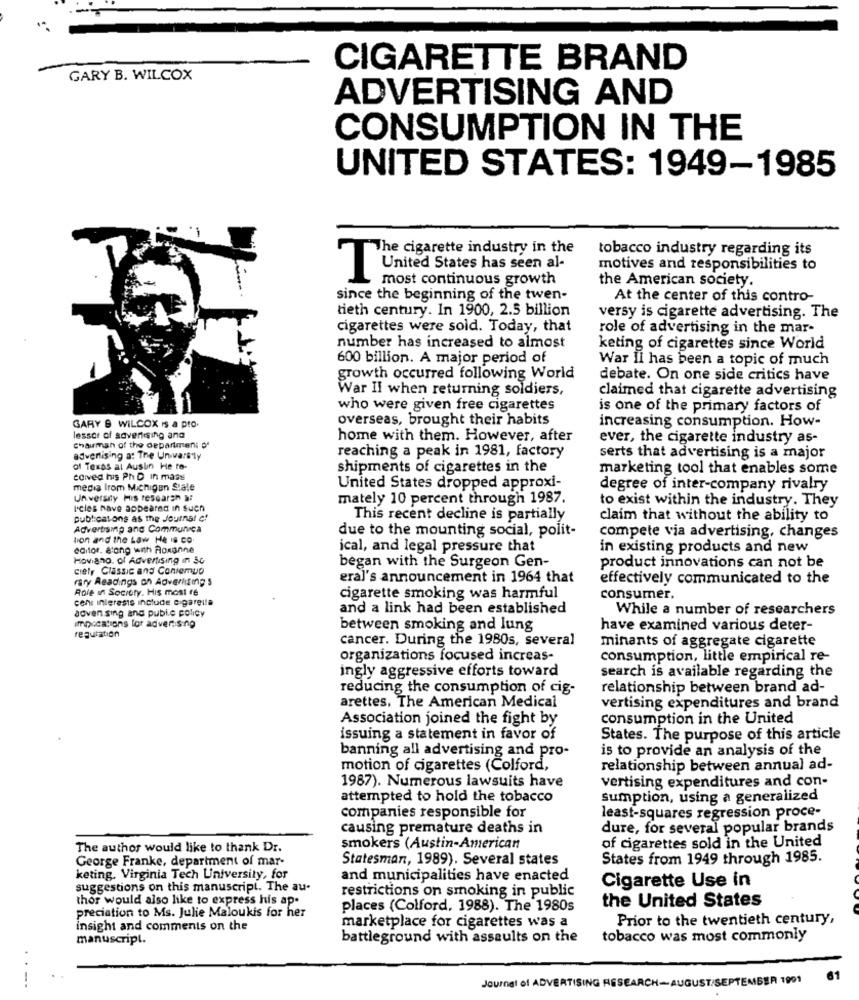
CIGARETTE BRAND
GARY B. WILCOX
ADVERTISING AND
CONSUMPTION IN THE
UNITED STATES: 1949-1985
The cigarette industry in the
tobacco industry regarding its
motives and responsibilities to
IUnited States has seen al-
most continuous growth
the American society.
since the beginning of the twen-
At the center of this contro-
tieth century. In 1900, 2.5 billion
versy is cigarette advertising. The
cigarettes were sold. Today, that
role of advertising in the mar-
number has increased to almost
keting of cigarettes since World
600 billion. A major period of
War II has been a topic of much
growth occurred following World
debate. On one side critics have
War II when returning soldiers,
claimed that cigarette advertising
who were given free cigarettes
is one of the primary factors of
GARY & WILCOX Is a pro.
overseas, brought their habits
increasing consumption. How-
lessor of saverliging and
home with them. However, after
ever, the cigarette industry as-
Chauman of the department of
advertising at The University
reaching a peak in 1981, factory
serts that advertising is a major
of Texas at Austin He ro-
shipments of cigarettes in the
marketing tool that enables some
ceived his Ph D In mass
media Irom Michigan Stale
United States dropped approxi-
degree of inter-company rivalry
Un versity His research a:
mately 10 percent through 1987.
to exist within the industry. They
Icles have appeared in such
publications as the Journal of
This recent decline is partially
claim that without the ability to
Advertising and Communica
due to the mounting social, polit-
tion and the Law He is co.
compete via advertising, changes
editor, along with Roxanne
ical, and legal pressure that
in existing products and new
Hoviano. of Advertising In Sc
ciety Classic and Conlemup
began with the Surgeon Gen-
product innovations can not be
raty Readings on Advertising s
eral's announcement in 1964 that
effectively communicated to the
Role In Society. His most re
cen interests include cigaretta
cigarette smoking was harmful
consumer,
adven sing and public policy
and a link had been established
While a number of researchers
Implications for advertising
between smoking and lung
have examined various deter-
regulation
cancer. During the 1980s, several
minants of aggregate cigarette
organizations focused increas-
consumption, little empirical re-
ingly aggressive efforts toward
search is available regarding the
reducing the consumption of cig-
relationship between brand ad-
arettes, The American Medical
vertising expenditures and brand
Association joined the fight by
consumption in the United
issuing a statement in favor of
States. The purpose of this article
banning all advertising and pro-
is to provide an analysis of the
motion of cigarettes (Colford,
relationship between annual ad-
vertising expenditures and con-
1987). Numerous lawsuits have
attempted to hold the tobacco
sumption, using a generalized
companies responsible for
least-squares regression proce-
causing premature deaths in
dure, for several popular brands
The author would like to thank Dr.
smokers (Austin-American
of cigarettes sold in the United
Statesman, 1989). Several states
States from 1949 through 1985.
George Franke, department of mar-
keting. Virginia Tech University, for
and municipalities have enacted
Cigarette Use in
suggestions on this manuscript. The au-
restrictions on smoking in public
thor would also like to express his ap-
places (Colford. 1988). The 1980s
the United States
preciation to Ms. Julie Maloukis for her
marketplace for cigarettes was a
Prior to the twentieth century,
insight and comments on the
manuscript.
battleground with assaults on the
tobacco was most commonly
. .
Journal of ADVERTISING RESEARCH-AUGUST/SEPTEMBER 1991
-..